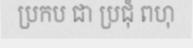
ប្រកប ជា ប្រជុំ ពហុ